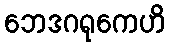
ဘေဒဂရုကေဟိ